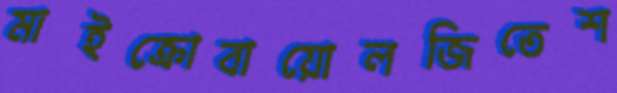
মাইক্রোবায়োলজিতেশ